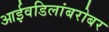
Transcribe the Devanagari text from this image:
आईवडिलांबरोबर